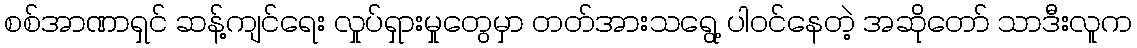
စစ်အာဏာရှင် ဆန့်ကျင်ရေး လှုပ်ရှားမှုတွေမှာ တတ်အားသရွေ့ ပါဝင်နေတဲ့ အဆိုတော် သာဒီးလူက